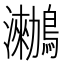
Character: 𪆵